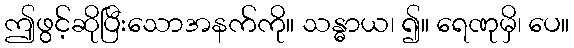
ဤဖွင့်ဆိုပြီးသောအနက်ကို။ သန္ဓာယ၊ ၍။ ရေဏုမှိ၊ ပေ။